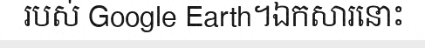
របស់ Google Earth។ឯកសារនោះ